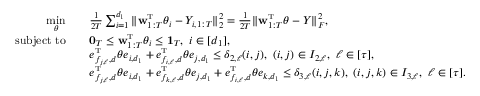
\begin{array} { r l } { \underset { \theta } { \mathrm { m i n } } \quad } & { \frac { 1 } { 2 T } \sum _ { i = 1 } ^ { d _ { 1 } } \| \mathbf { w } _ { 1 : T } ^ { \mathrm { \scriptscriptstyle T } } \theta _ { i } - Y _ { i , 1 : T } \| _ { 2 } ^ { 2 } = \frac { 1 } { 2 T } \| \mathbf { w } _ { 1 : T } ^ { \mathrm { \scriptscriptstyle T } } \theta - Y \| _ { F } ^ { 2 } , } \\ { \mathrm { s u b j e c t ~ t o } \quad } & { \mathbf { 0 } _ { T } \leq \mathbf { w } _ { 1 : T } ^ { \mathrm { \scriptscriptstyle T } } \theta _ { i } \leq \mathbf { 1 } _ { T } , \ i \in [ d _ { 1 } ] , } \\ & { e _ { f _ { j , \ell } , d } ^ { \mathrm { \scriptscriptstyle T } } \theta e _ { i , d _ { 1 } } + e _ { f _ { i , \ell } , d } ^ { \mathrm { \scriptscriptstyle T } } \theta e _ { j , d _ { 1 } } \leq \delta _ { 2 , \ell } ( i , j ) , \ ( i , j ) \in I _ { 2 , \ell } , \ \ell \in [ \tau ] , } \\ & { e _ { f _ { j , \ell } , d } ^ { \mathrm { \scriptscriptstyle T } } \theta e _ { i , d _ { 1 } } + e _ { f _ { k , \ell } , d } ^ { \mathrm { \scriptscriptstyle T } } \theta e _ { j , d _ { 1 } } + e _ { f _ { i , \ell } , d } ^ { \mathrm { \scriptscriptstyle T } } \theta e _ { k , d _ { 1 } } \leq \delta _ { 3 , \ell } ( i , j , k ) , \ ( i , j , k ) \in I _ { 3 , \ell } , \ \ell \in [ \tau ] . } \end{array}